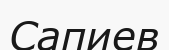
Сапиев